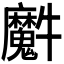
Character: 𤜘